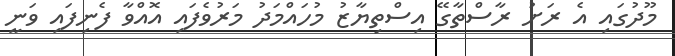
މޫދުގައި އެ ރަށު ރާސްތާގޭ އިސްތިޔާޒު މުހައްމަދު މަރުވެފައި އޮއްވާ ފެނިފައި ވަނީ